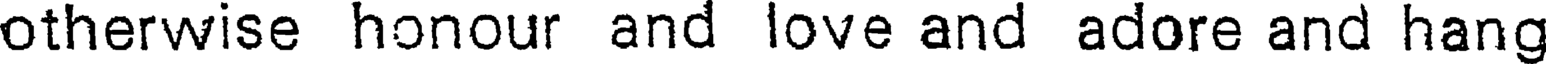
otherwise honour and love and adore and hang